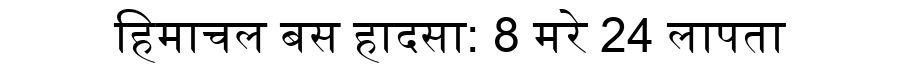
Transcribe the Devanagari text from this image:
हिमाचल बस हादसा: 8 मरे 24 लापता